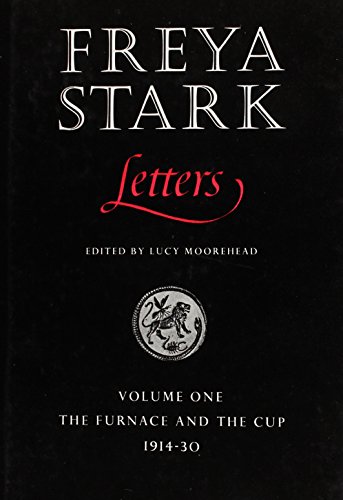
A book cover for Freya Stark Letters, Vol. 1: The Furnace and the Cup, 1914-30; Freya Stark; Travel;